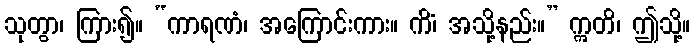
သုတွာ၊ ကြား၍။ “ကာရဏံ၊ အကြောင်းကား။ ကိံ၊ အသို့နည်း။” ဣတိ၊ ဤသို့။